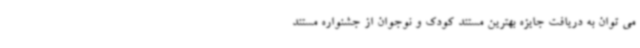
می توان به دریافت جایزه بهترین مستند کودک و نوجوان از جشنواره مستند